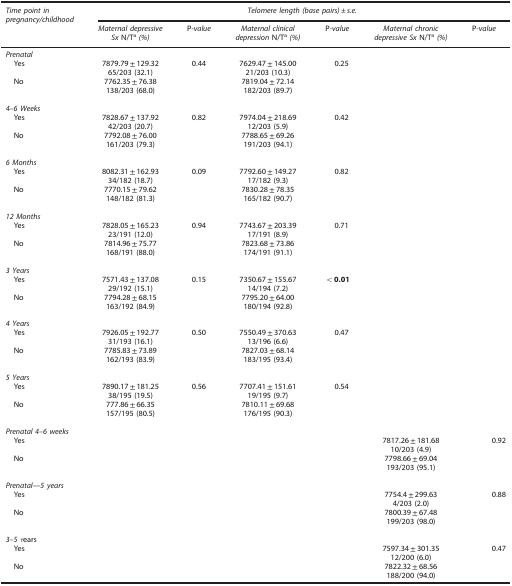
<table><thead><tr><td><b><i>Time point in</i><i>pregnancy/childhood</i></b></td><td colspan="6"><b><i>Telomere length (base pairs)±s.e.</i></b></td></tr></thead><tbody><tr><td>[EMPTY_CELL]</td><td><i>Maternal depressive</i><i>Sx</i> N/Ta<i>(%)</i></td><td>P-<i>value</i></td><td><i>Maternal clinical</i><i>depression</i> N/Ta<i>(%)</i></td><td>P<i>-value</i></td><td><i>Maternal chronic</i><i>depressive Sx</i> N/Ta<i>(%)</i></td><td>P<i>-value</i></td></tr><tr><td colspan="7"><i>Prenatal</i></td></tr><tr><td> Yes</td><td>7879.79±129.32</td><td>0.44</td><td>7629.47±145.00</td><td>0.25</td><td>[EMPTY_CELL]</td><td>[EMPTY_CELL]</td></tr><tr><td>[EMPTY_CELL]</td><td>65/203 (32.1)</td><td>[EMPTY_CELL]</td><td>21/203 (10.3)</td><td>[EMPTY_CELL]</td><td>[EMPTY_CELL]</td><td>[EMPTY_CELL]</td></tr><tr><td> No</td><td>7762.35±76.38</td><td>[EMPTY_CELL]</td><td>7819.04±72.14</td><td>[EMPTY_CELL]</td><td>[EMPTY_CELL]</td><td>[EMPTY_CELL]</td></tr><tr><td>[EMPTY_CELL]</td><td>138/203 (68.0)</td><td>[EMPTY_CELL]</td><td>182/203 (89.7)</td><td>[EMPTY_CELL]</td><td>[EMPTY_CELL]</td><td>[EMPTY_CELL]</td></tr><tr><td>[EMPTY_CELL]</td><td>[EMPTY_CELL]</td><td>[EMPTY_CELL]</td><td>[EMPTY_CELL]</td><td>[EMPTY_CELL]</td><td>[EMPTY_CELL]</td><td>[EMPTY_CELL]</td></tr><tr><td colspan="7"><i>4</i>–<i>6 Weeks</i></td></tr><tr><td> Yes</td><td>7828.67±137.92</td><td>0.82</td><td>7974.04±218.69</td><td>0.42</td><td>[EMPTY_CELL]</td><td>[EMPTY_CELL]</td></tr><tr><td>[EMPTY_CELL]</td><td>42/203 (20.7)</td><td>[EMPTY_CELL]</td><td>12/203 (5.9)</td><td>[EMPTY_CELL]</td><td>[EMPTY_CELL]</td><td>[EMPTY_CELL]</td></tr><tr><td> No</td><td>7792.08±76.00</td><td>[EMPTY_CELL]</td><td>7788.65±69.26</td><td>[EMPTY_CELL]</td><td>[EMPTY_CELL]</td><td>[EMPTY_CELL]</td></tr><tr><td>[EMPTY_CELL]</td><td>161/203 (79.3)</td><td>[EMPTY_CELL]</td><td>191/203 (94.1)</td><td>[EMPTY_CELL]</td><td>[EMPTY_CELL]</td><td>[EMPTY_CELL]</td></tr><tr><td>[EMPTY_CELL]</td><td>[EMPTY_CELL]</td><td>[EMPTY_CELL]</td><td>[EMPTY_CELL]</td><td>[EMPTY_CELL]</td><td>[EMPTY_CELL]</td><td>[EMPTY_CELL]</td></tr><tr><td colspan="7"><i>6 Months</i></td></tr><tr><td> Yes</td><td>8082.31±162.93</td><td>0.09</td><td>7792.60±149.27</td><td>0.82</td><td>[EMPTY_CELL]</td><td>[EMPTY_CELL]</td></tr><tr><td>[EMPTY_CELL]</td><td>34/182 (18.7)</td><td>[EMPTY_CELL]</td><td>17/182 (9.3)</td><td>[EMPTY_CELL]</td><td>[EMPTY_CELL]</td><td>[EMPTY_CELL]</td></tr><tr><td> No</td><td>7770.15±79.62</td><td>[EMPTY_CELL]</td><td>7830.28±78.35</td><td>[EMPTY_CELL]</td><td>[EMPTY_CELL]</td><td>[EMPTY_CELL]</td></tr><tr><td>[EMPTY_CELL]</td><td>148/182 (81.3)</td><td>[EMPTY_CELL]</td><td>165/182 (90.7)</td><td>[EMPTY_CELL]</td><td>[EMPTY_CELL]</td><td>[EMPTY_CELL]</td></tr><tr><td>[EMPTY_CELL]</td><td>[EMPTY_CELL]</td><td>[EMPTY_CELL]</td><td>[EMPTY_CELL]</td><td>[EMPTY_CELL]</td><td>[EMPTY_CELL]</td><td>[EMPTY_CELL]</td></tr><tr><td colspan="7"><i>12 Months</i></td></tr><tr><td> Yes</td><td>7828.05±165.23</td><td>0.94</td><td>7743.67±203.39</td><td>0.71</td><td>[EMPTY_CELL]</td><td>[EMPTY_CELL]</td></tr><tr><td>[EMPTY_CELL]</td><td>23/191 (12.0)</td><td>[EMPTY_CELL]</td><td>17/191 (8.9)</td><td>[EMPTY_CELL]</td><td>[EMPTY_CELL]</td><td>[EMPTY_CELL]</td></tr><tr><td> No</td><td>7814.96±75.77</td><td>[EMPTY_CELL]</td><td>7823.68±73.86</td><td>[EMPTY_CELL]</td><td>[EMPTY_CELL]</td><td>[EMPTY_CELL]</td></tr><tr><td>[EMPTY_CELL]</td><td>168/191 (88.0)</td><td>[EMPTY_CELL]</td><td>174/191 (91.1)</td><td>[EMPTY_CELL]</td><td>[EMPTY_CELL]</td><td>[EMPTY_CELL]</td></tr><tr><td>[EMPTY_CELL]</td><td>[EMPTY_CELL]</td><td>[EMPTY_CELL]</td><td>[EMPTY_CELL]</td><td>[EMPTY_CELL]</td><td>[EMPTY_CELL]</td><td>[EMPTY_CELL]</td></tr><tr><td colspan="7"><i>3 Years</i></td></tr><tr><td> Yes</td><td>7571.43±137.08</td><td>0.15</td><td>7350.67±155.67</td><td><b>&lt;0.01</b></td><td>[EMPTY_CELL]</td><td>[EMPTY_CELL]</td></tr><tr><td>[EMPTY_CELL]</td><td>29/192 (15.1)</td><td>[EMPTY_CELL]</td><td>14/194 (7.2)</td><td>[EMPTY_CELL]</td><td>[EMPTY_CELL]</td><td>[EMPTY_CELL]</td></tr><tr><td> No</td><td>7794.28±68.15</td><td>[EMPTY_CELL]</td><td>7795.20±64.00</td><td>[EMPTY_CELL]</td><td>[EMPTY_CELL]</td><td>[EMPTY_CELL]</td></tr><tr><td>[EMPTY_CELL]</td><td>163/192 (84.9)</td><td>[EMPTY_CELL]</td><td>180/194 (92.8)</td><td>[EMPTY_CELL]</td><td>[EMPTY_CELL]</td><td>[EMPTY_CELL]</td></tr><tr><td>[EMPTY_CELL]</td><td>[EMPTY_CELL]</td><td>[EMPTY_CELL]</td><td>[EMPTY_CELL]</td><td>[EMPTY_CELL]</td><td>[EMPTY_CELL]</td><td>[EMPTY_CELL]</td></tr><tr><td colspan="7"><i>4 Years</i></td></tr><tr><td> Yes</td><td>7926.05±192.77</td><td>0.50</td><td>7550.49±370.63</td><td>0.47</td><td>[EMPTY_CELL]</td><td>[EMPTY_CELL]</td></tr><tr><td>[EMPTY_CELL]</td><td>31/193 (16.1)</td><td>[EMPTY_CELL]</td><td>13/196 (6.6)</td><td>[EMPTY_CELL]</td><td>[EMPTY_CELL]</td><td>[EMPTY_CELL]</td></tr><tr><td> No</td><td>7785.83±73.89</td><td>[EMPTY_CELL]</td><td>7827.03±68.14</td><td>[EMPTY_CELL]</td><td>[EMPTY_CELL]</td><td>[EMPTY_CELL]</td></tr><tr><td>[EMPTY_CELL]</td><td>162/193 (83.9)</td><td>[EMPTY_CELL]</td><td>183/195 (93.4)</td><td>[EMPTY_CELL]</td><td>[EMPTY_CELL]</td><td>[EMPTY_CELL]</td></tr><tr><td>[EMPTY_CELL]</td><td>[EMPTY_CELL]</td><td>[EMPTY_CELL]</td><td>[EMPTY_CELL]</td><td>[EMPTY_CELL]</td><td>[EMPTY_CELL]</td><td>[EMPTY_CELL]</td></tr><tr><td colspan="7"><i>5 Years</i></td></tr><tr><td> Yes</td><td>7890.17±181.25</td><td>0.56</td><td>7707.41±151.61</td><td>0.54</td><td>[EMPTY_CELL]</td><td>[EMPTY_CELL]</td></tr><tr><td>[EMPTY_CELL]</td><td>38/195 (19.5)</td><td>[EMPTY_CELL]</td><td>19/195 (9.7)</td><td>[EMPTY_CELL]</td><td>[EMPTY_CELL]</td><td>[EMPTY_CELL]</td></tr><tr><td> No</td><td>777.86±66.35</td><td>[EMPTY_CELL]</td><td>7810.11±69.68</td><td>[EMPTY_CELL]</td><td>[EMPTY_CELL]</td><td>[EMPTY_CELL]</td></tr><tr><td>[EMPTY_CELL]</td><td>157/195 (80.5)</td><td>[EMPTY_CELL]</td><td>176/195 (90.3)</td><td>[EMPTY_CELL]</td><td>[EMPTY_CELL]</td><td>[EMPTY_CELL]</td></tr><tr><td>[EMPTY_CELL]</td><td>[EMPTY_CELL]</td><td>[EMPTY_CELL]</td><td>[EMPTY_CELL]</td><td>[EMPTY_CELL]</td><td>[EMPTY_CELL]</td><td>[EMPTY_CELL]</td></tr><tr><td colspan="7"><i>Prenatal</i><i>4–6 weeks</i></td></tr><tr><td> Yes</td><td>[EMPTY_CELL]</td><td>[EMPTY_CELL]</td><td>[EMPTY_CELL]</td><td>[EMPTY_CELL]</td><td>7817.26±181.68</td><td>0.92</td></tr><tr><td>[EMPTY_CELL]</td><td>[EMPTY_CELL]</td><td>[EMPTY_CELL]</td><td>[EMPTY_CELL]</td><td>[EMPTY_CELL]</td><td>10/203 (4.9)</td><td>[EMPTY_CELL]</td></tr><tr><td> No</td><td>[EMPTY_CELL]</td><td>[EMPTY_CELL]</td><td>[EMPTY_CELL]</td><td>[EMPTY_CELL]</td><td>7798.66±69.04</td><td>[EMPTY_CELL]</td></tr><tr><td>[EMPTY_CELL]</td><td>[EMPTY_CELL]</td><td>[EMPTY_CELL]</td><td>[EMPTY_CELL]</td><td>[EMPTY_CELL]</td><td>193/203 (95.1)</td><td>[EMPTY_CELL]</td></tr><tr><td>[EMPTY_CELL]</td><td>[EMPTY_CELL]</td><td>[EMPTY_CELL]</td><td>[EMPTY_CELL]</td><td>[EMPTY_CELL]</td><td>[EMPTY_CELL]</td><td>[EMPTY_CELL]</td></tr><tr><td colspan="7"><i>Prenatal</i>—<i>5 years</i></td></tr><tr><td> Yes</td><td>[EMPTY_CELL]</td><td>[EMPTY_CELL]</td><td>[EMPTY_CELL]</td><td>[EMPTY_CELL]</td><td>7754.4±299.63</td><td>0.88</td></tr><tr><td>[EMPTY_CELL]</td><td>[EMPTY_CELL]</td><td>[EMPTY_CELL]</td><td>[EMPTY_CELL]</td><td>[EMPTY_CELL]</td><td>4/203 (2.0)</td><td>[EMPTY_CELL]</td></tr><tr><td> No</td><td>[EMPTY_CELL]</td><td>[EMPTY_CELL]</td><td>[EMPTY_CELL]</td><td>[EMPTY_CELL]</td><td>7800.39±67.48</td><td>[EMPTY_CELL]</td></tr><tr><td>[EMPTY_CELL]</td><td>[EMPTY_CELL]</td><td>[EMPTY_CELL]</td><td>[EMPTY_CELL]</td><td>[EMPTY_CELL]</td><td>199/203 (98.0)</td><td>[EMPTY_CELL]</td></tr><tr><td>[EMPTY_CELL]</td><td>[EMPTY_CELL]</td><td>[EMPTY_CELL]</td><td>[EMPTY_CELL]</td><td>[EMPTY_CELL]</td><td>[EMPTY_CELL]</td><td>[EMPTY_CELL]</td></tr><tr><td colspan="7"><i>3</i>–<i>5 Y</i>ears</td></tr><tr><td> Yes</td><td>[EMPTY_CELL]</td><td>[EMPTY_CELL]</td><td>[EMPTY_CELL]</td><td>[EMPTY_CELL]</td><td>7597.34±301.35</td><td>0.47</td></tr><tr><td>[EMPTY_CELL]</td><td>[EMPTY_CELL]</td><td>[EMPTY_CELL]</td><td>[EMPTY_CELL]</td><td>[EMPTY_CELL]</td><td>12/200 (6.0)</td><td>[EMPTY_CELL]</td></tr><tr><td> No</td><td>[EMPTY_CELL]</td><td>[EMPTY_CELL]</td><td>[EMPTY_CELL]</td><td>[EMPTY_CELL]</td><td>7822.32±68.56</td><td>[EMPTY_CELL]</td></tr><tr><td>[EMPTY_CELL]</td><td>[EMPTY_CELL]</td><td>[EMPTY_CELL]</td><td>[EMPTY_CELL]</td><td>[EMPTY_CELL]</td><td>188/200 (94.0)</td><td>[EMPTY_CELL]</td></tr></tbody></table>